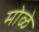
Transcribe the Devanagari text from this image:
मोळे